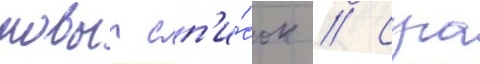
новыи сп'и́сок // Суга